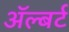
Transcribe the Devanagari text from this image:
ॲल्बर्ट